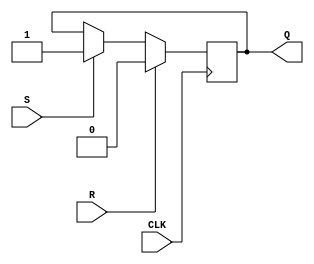
module sr_latch(
    input S,
    input R,
    input CLK,
    output reg Q
);

always @(posedge CLK) begin
    if (R) begin
        Q <= 0;
    end else if (S) begin
        Q <= 1;
    end
end

endmodule